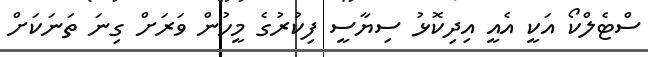
ސްޓެލްކޯ އަކީ އެއީ އިދިކޮޅު ސިޔާސީ ފިކުރުގެ މީހުން ވަރަށް ގިނަ ތަނަކަށް